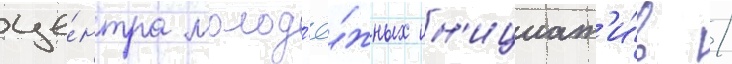
це́нтра молод'ё́жных ин'ициат'и́в /